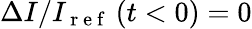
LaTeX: \Delta I/I_{\mathrm{~r~e~f~}}\left(t<0\right)=0